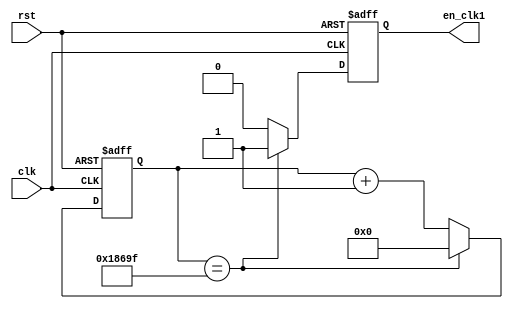
module en_clk_lcd(
		clk,
		rst,
		en_clk1);
	
		input 	clk;
		input 	rst;
		output	en_clk1;

		reg	[16:0]cnt_en;
		reg	en_clk1;
		
		always @ (posedge clk or negedge rst) begin
			if(!rst) begin
				cnt_en <=0;
				en_clk1 <=0;
			end
			else begin
				if(cnt_en == 99999) begin
					cnt_en <= 0;
					en_clk1 <= 1'b1;
				end
				else begin
					cnt_en <= cnt_en + 1'b1;
					en_clk1 <= 0;
				end
			end
		end
endmodule